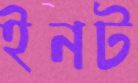
ইনট